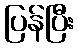
ပြန်ပြီး